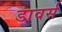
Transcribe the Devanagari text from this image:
डावर्स